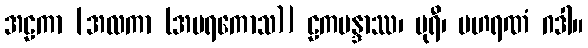
အဠကာ [အလကာ (အမရကောသ)] ဠကမန္ဒာဿ၊ ပုရီ၊ ပဟရဏံ ဂဒါ။